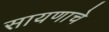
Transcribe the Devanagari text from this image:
सायणाचे